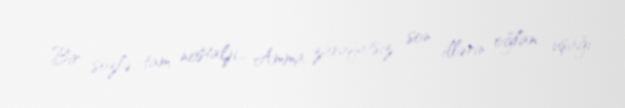
Bir sözlə, tam nostalji... Amma zarafatsız, son illərin oğlan uşağı